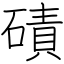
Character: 磧